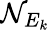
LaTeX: {\cal N}_{E_{k}}